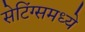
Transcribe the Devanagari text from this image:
सेटिंग्समध्ये